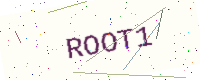
Text: ROOT1